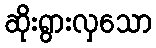
ဆိုးရွားလှသော